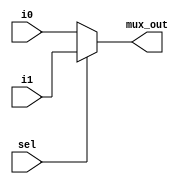
//2x1 MUX
module mux2_1 (sel, i0, i1, mux_out);

input sel, i0, i1;
output mux_out;

assign mux_out = (sel) ? i1:i0;

endmodule



//Barrel shifter
module barrel_shifter (in, out, shift);

input [7:0]in;
input [2:0]shift;
output [7:0]out;

wire [7:0]out1, out2;

mux2_1 ins0 (.sel(shift[0]), .i0(1'b0),  .i1(in[0]), .mux_out(out1[0]));
mux2_1 ins1 (.sel(shift[0]), .i0(in[0]), .i1(in[1]), .mux_out(out1[1]));
mux2_1 ins2 (.sel(shift[0]), .i0(in[1]), .i1(in[2]), .mux_out(out1[2]));
mux2_1 ins3 (.sel(shift[0]), .i0(in[2]), .i1(in[3]), .mux_out(out1[3]));
mux2_1 ins4 (.sel(shift[0]), .i0(in[3]), .i1(in[4]), .mux_out(out1[4]));
mux2_1 ins5 (.sel(shift[0]), .i0(in[4]), .i1(in[5]), .mux_out(out1[5]));
mux2_1 ins6 (.sel(shift[0]), .i0(in[5]), .i1(in[6]), .mux_out(out1[6]));
mux2_1 ins7 (.sel(shift[0]), .i0(in[6]), .i1(in[7]), .mux_out(out1[7]));


mux2_1 ins8  (.sel(shift[1]),  .i0(1'b0),     .i1(out1[0]), .mux_out(out2[0]));
mux2_1 ins9  (.sel(shift[1]),  .i0(1'b0),     .i1(out1[1]), .mux_out(out2[1]));
mux2_1 ins10 (.sel(shift[1]),  .i0(out1[0]),  .i1(out1[2]), .mux_out(out2[2]));
mux2_1 ins11 (.sel(shift[1]),  .i0(out1[1]),  .i1(out1[3]), .mux_out(out2[3]));
mux2_1 ins12 (.sel(shift[1]),  .i0(out1[2]),  .i1(out1[4]), .mux_out(out2[4]));
mux2_1 ins13 (.sel(shift[1]),  .i0(out1[3]),  .i1(out1[5]), .mux_out(out2[5]));
mux2_1 ins14 (.sel(shift[1]),  .i0(out1[4]),  .i1(out1[6]), .mux_out(out2[6]));
mux2_1 ins15 (.sel(shift[1]),  .i0(out1[5]),  .i1(out1[7]), .mux_out(out2[7]));


mux2_1 ins16  (.sel(shift[2]),  .i0(1'b0),     .i1(out2[0]), .mux_out(out[0]));
mux2_1 ins17  (.sel(shift[2]),  .i0(1'b0),     .i1(out2[1]), .mux_out(out[1]));
mux2_1 ins18  (.sel(shift[2]),  .i0(1'b0),     .i1(out2[2]), .mux_out(out[2]));
mux2_1 ins19  (.sel(shift[2]),  .i0(1'b0),     .i1(out2[3]), .mux_out(out[3]));
mux2_1 ins20  (.sel(shift[2]),  .i0(out2[0]),  .i1(out2[4]), .mux_out(out[4]));
mux2_1 ins21  (.sel(shift[2]),  .i0(out2[1]),  .i1(out2[5]), .mux_out(out[5]));
mux2_1 ins22  (.sel(shift[2]),  .i0(out2[2]),  .i1(out2[6]), .mux_out(out[6]));
mux2_1 ins23  (.sel(shift[2]),  .i0(out2[3]),  .i1(out2[7]), .mux_out(out[7]));


endmodule


//Testbench for Barrel Shifter
module tb_barrel_shifter ();

reg [7:0]in;
reg [2:0]shift;
wire [7:0]out;

    
//Instantiate the DUT
barrel_shifter DUT(.in(in), .out(out), .shift(shift));

initial begin
    
    $monitor("Time=%0d",$time, " Input=%b, Shift=%b, Output=%b", in, shift, out);

    in=8'b1101_0110;
    #10;
    in=8'b1101_0110; shift=3'b001;
    #5;
    in=8'b1101_0110; shift=3'b010;
    #5;
    in=8'b1101_0110; shift=3'b011;
    #5;
    in=8'b1101_0110; shift=3'b100;
    #5;
    in=8'b1101_0110; shift=3'b101;
    #5;
    in=8'b1101_0110; shift=3'b110;
    #5;
    in=8'b1101_0110; shift=3'b111;
    
    #40 $stop;


end


endmodule